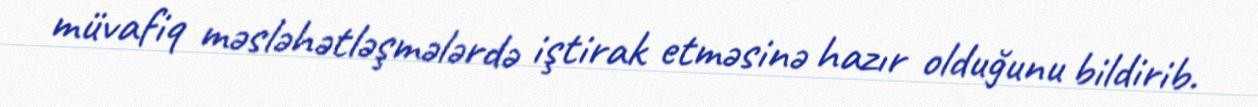
müvafiq məsləhətləşmələrdə iştirak etməsinə hazır olduğunu bildirib.